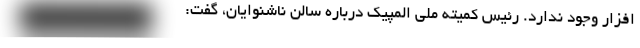
افزار وجود ندارد. رئیس کمیته ملی المپیک درباره سالن ناشنوایان، گفت: